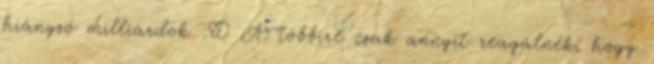
hiányzó milliárdok :D A többire csak annyit reagálnék, hogy